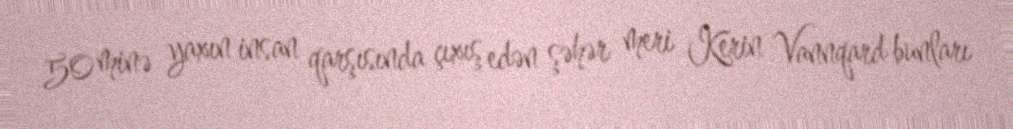
50 minə yaxın insan qarşısında çıxış edən şəhər meri Kerin Vannqard bunları